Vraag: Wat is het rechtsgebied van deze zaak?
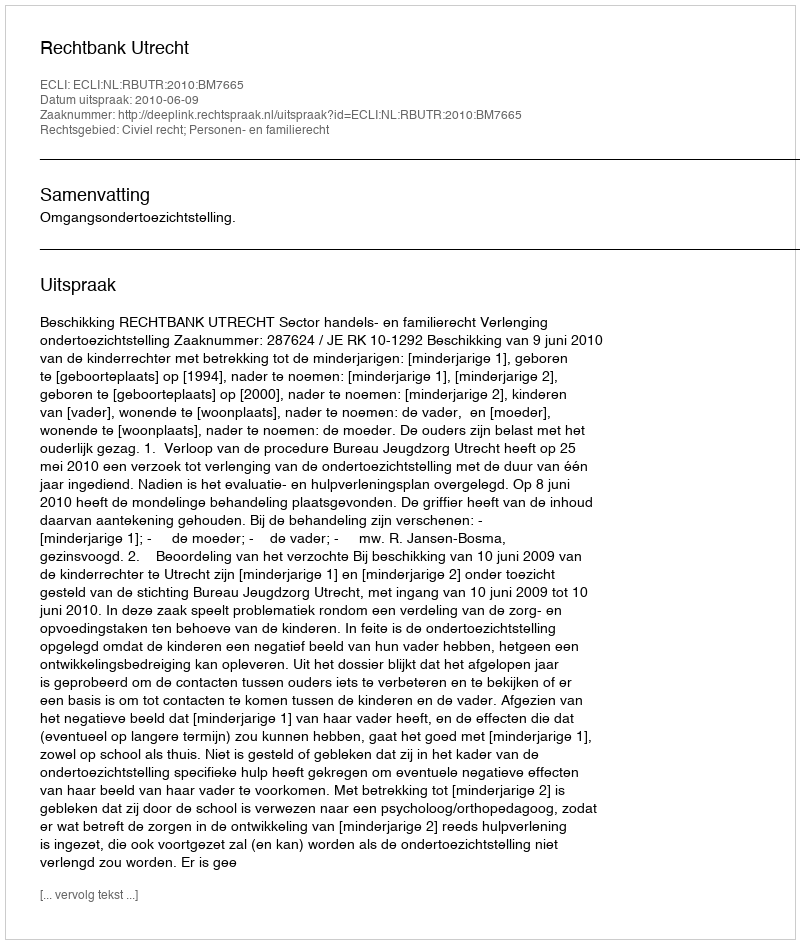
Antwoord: Civiel recht; Personen- en familierecht